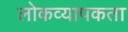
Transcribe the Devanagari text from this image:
लोकव्यापकता